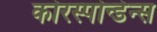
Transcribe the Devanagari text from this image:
कोरस्पोन्डेन्स